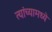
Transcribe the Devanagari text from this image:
त्‍यांच्‍यामध्‍ये